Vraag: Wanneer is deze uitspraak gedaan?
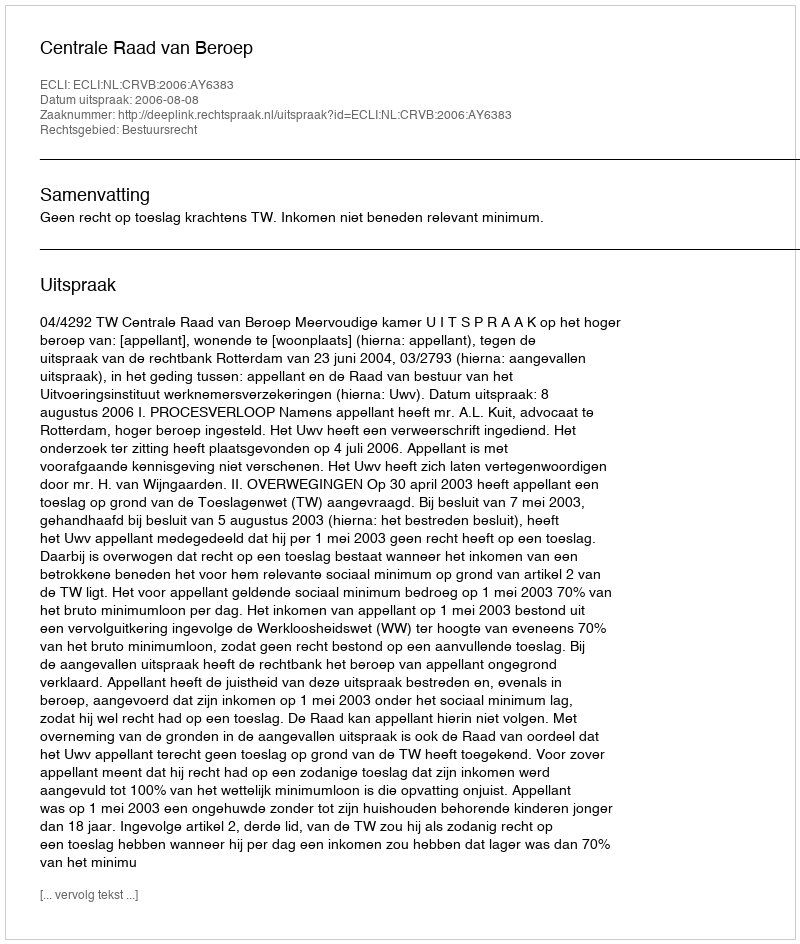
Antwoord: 2006-08-08